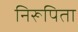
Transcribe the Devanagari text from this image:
निरूपिता